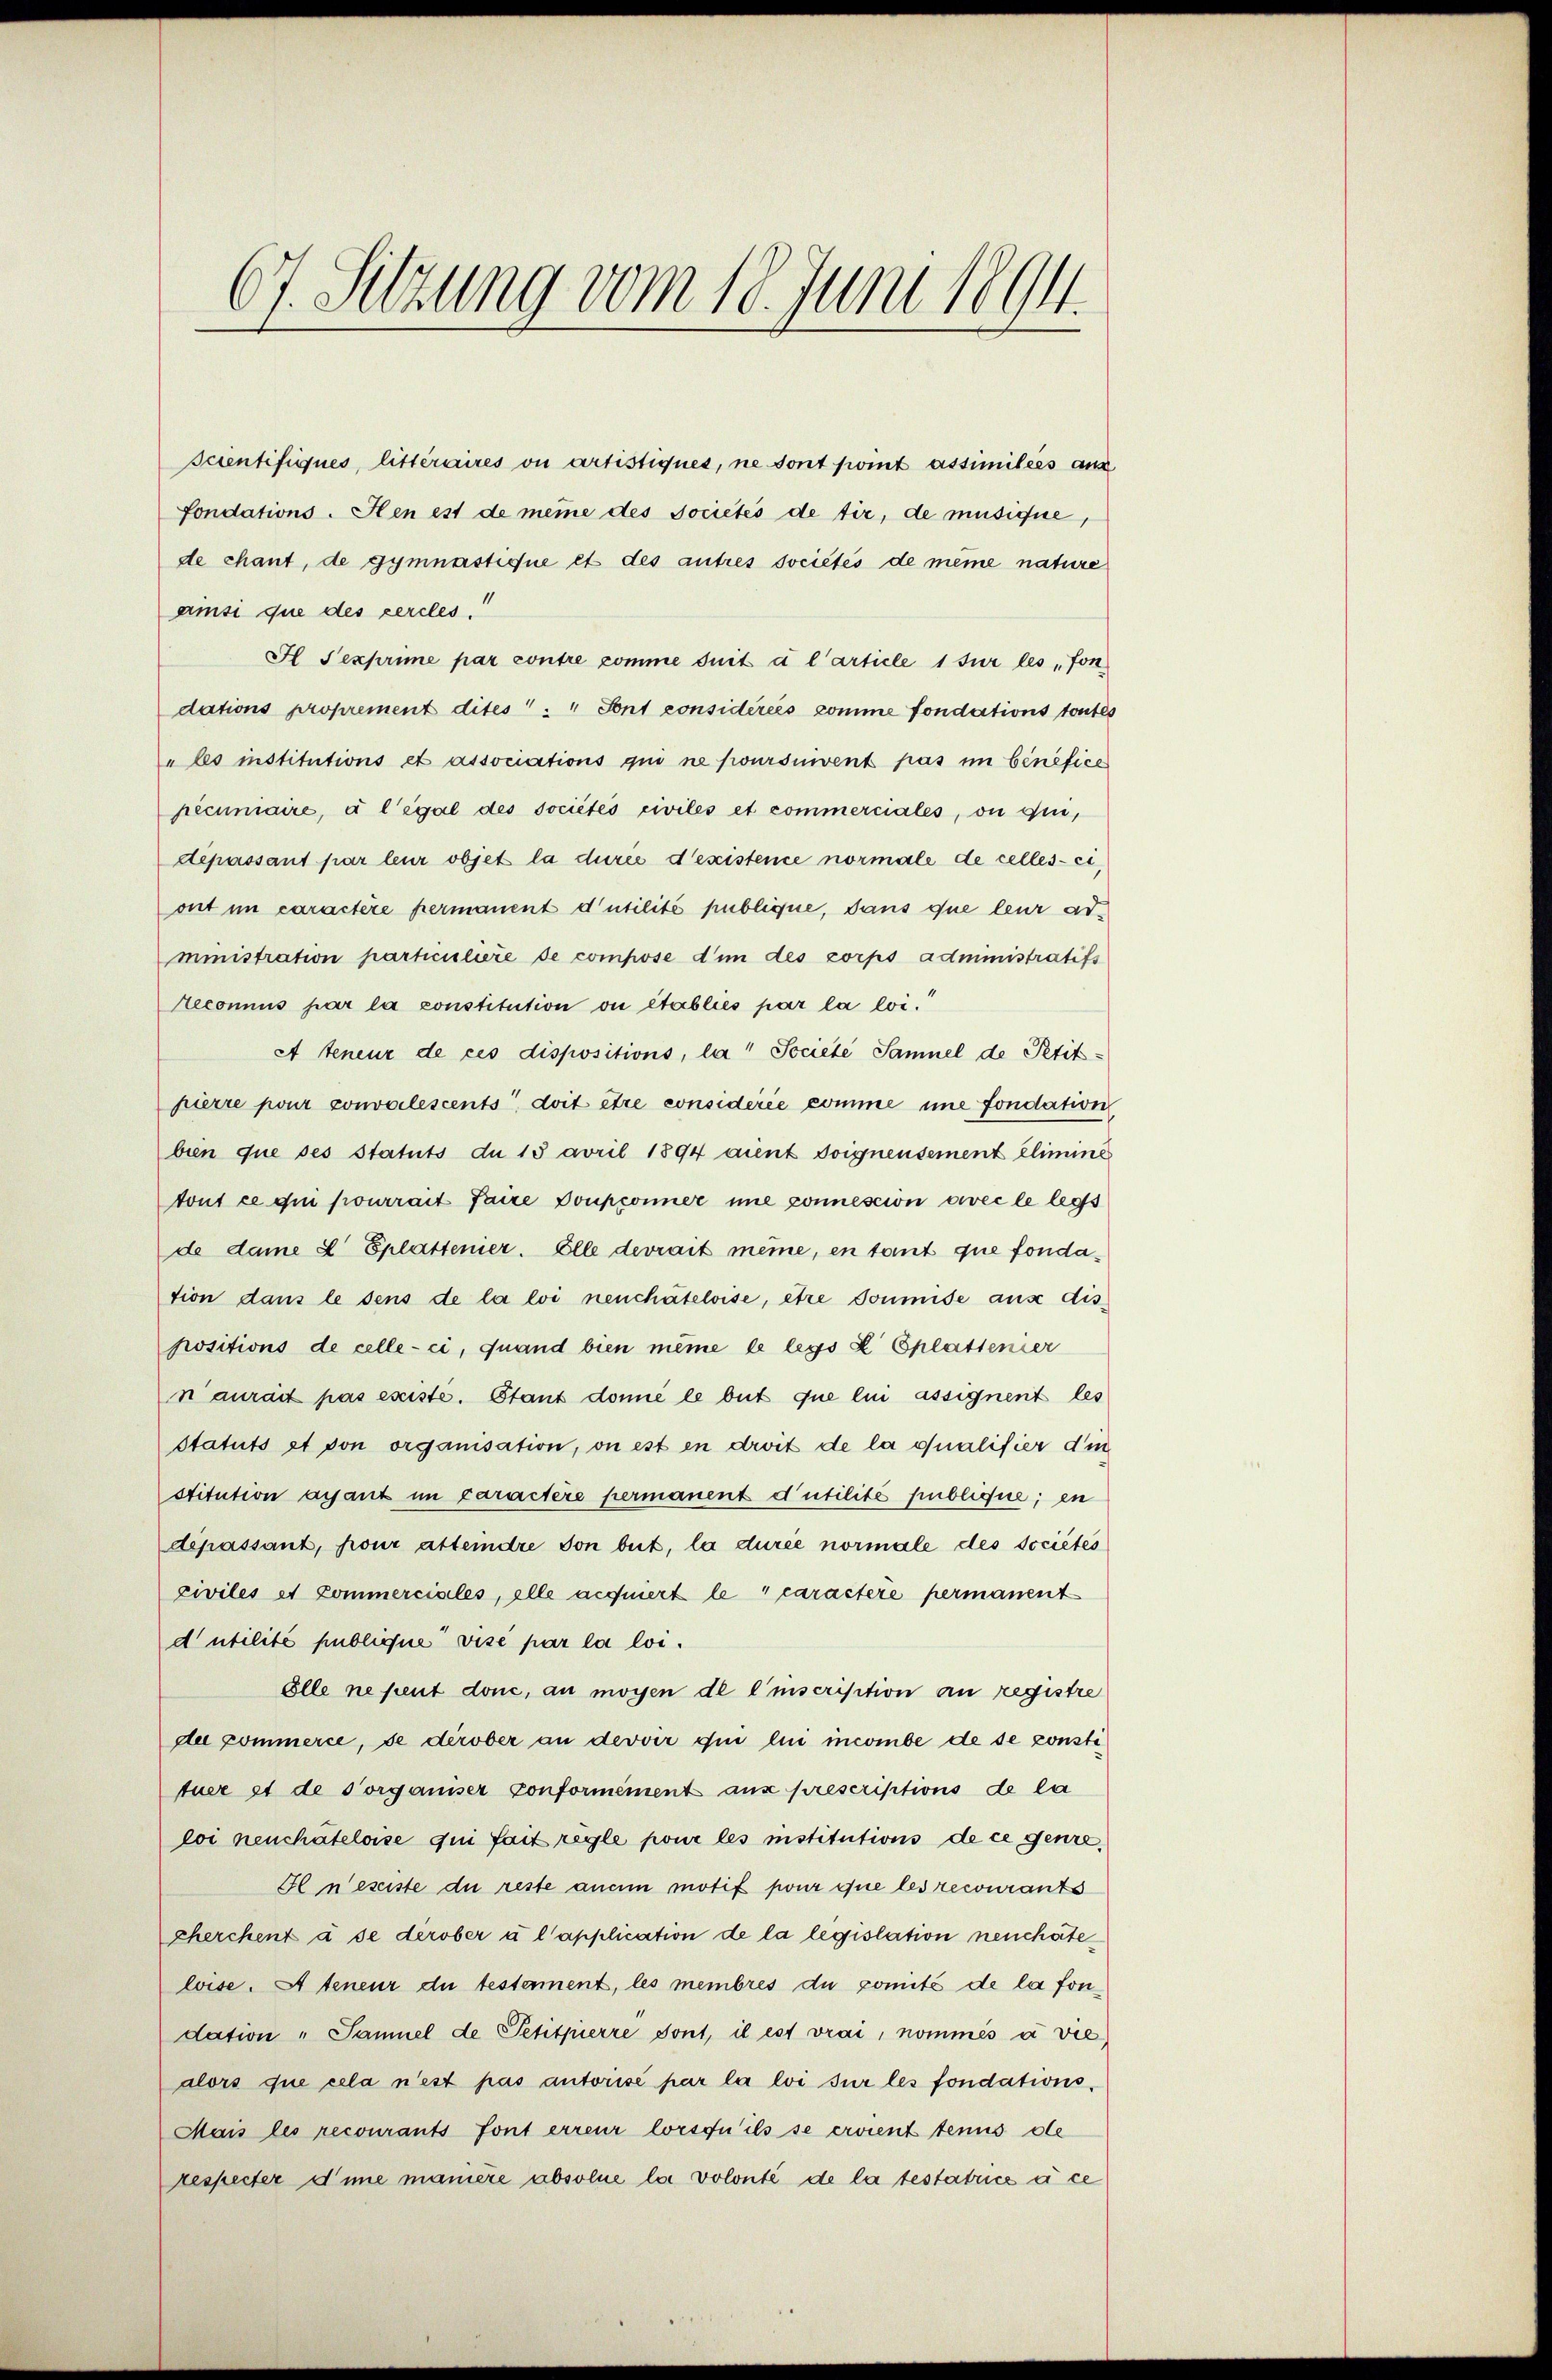
67. Sitzung vom 18. Juni 1894.

scientifiques, litteraires on artistiques, ne sont point assimilées aus
fondations. Hen est de même des Jocietés de tir, de musique,
de chant, de gymnastique et des autres sociétés de meine nature
ainsi que des percles
H Sexprime par contre comme suit à l’article 1 sur les fon
dations proprement dites " " Sont considérées comme fondations toutes
" les institutions et associations qui ne poursuivent pas im benefice
pecuniaire, à l’égal des sociétés civiles et commerciales, ou qui,
depassant par leur objet la durée d’existence normale de celles-ci,
ont im caractère permanent d’utilité publique, dans que leur administration particuliere de compose d’un des zorps administratifs
Reconnus par la constitution ou établies par la loi.
A teneur de ces dispositions, la Societe Samuel de Petit-
pierre pour convolescents, doit être considérée comme imme fondation
bien que ses Statuts du 15 avril 1894 aient doignensement elimine
tout ce qui pourrait faire Doupponner imme sonnession avec le legs
de dame d Eplattenier. Elle devrait meine, en tant que fondation dans le dens de la loi neuchâteloise, être soumise aus dis
positions de celle-ci, quand bien même de legs X Eplattener
n’aurait pas esiste. Stant donné le but que lui assignent les
Statuts et von organisation, on est en droit de la qualifier din
stitution ayant im caractère permanent d’utilité publique; en
dépassant, pour atteindre son beit, la durée normale des sociétés
civiles et Commerciales, elle acquiert le caractere permanent
d utilité publique vise par la loi.
Elle ne peut done, au moyen de l’inscription an registre
der kommerce, se derober an dervir qui lui incombe de se consti
tuer et de Vorganiser conformément aus prescriptions de la
loi neuchâteloise qui fait regle pour les institutions de ce genre¬
Fl nesiste du reste anein motif pour que les recourants
cherchent à se derober à l’application de la legislation neuchate
loise. A teneur du testament, les membres du comité de la fondation „Samuel de Petitpierre sont, il est vrai, nommés a vie
alors que cela n’est pas autorisé par la loi sur les fondations¬
Mais les recourants font erreur lorsqu’ils se croient tenus de
respecter eine maniere absolue la volonté de la testatrice à ce